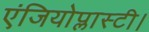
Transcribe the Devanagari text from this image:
एंजियोप्लास्टी।